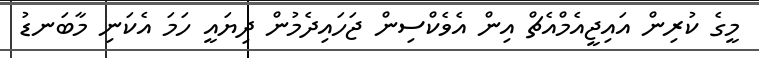
މީގެ ކުރިން އައިޖީއެމްއެޗް އިން އެވެކްސިން ޖަހައިދެމުން ދިޔައީ ހަމަ އެކަނި މާބަނޑު